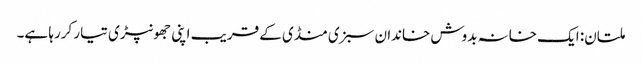
ملتان: ایک خانہ بدوش خاندان سبزی منڈی کے قریب اپنی جھونپڑی تیار کررہا ہے۔